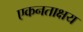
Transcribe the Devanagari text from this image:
एकनताक्षय